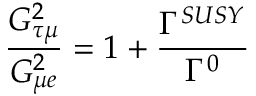
\frac { G _ { \tau \mu } ^ { 2 } } { G _ { \mu e } ^ { 2 } } = 1 + \frac { \Gamma ^ { S U S Y } } { \Gamma ^ { 0 } }